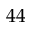
4 4